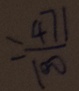
= \frac { 4 7 1 } { 1 0 0 }